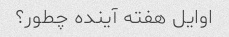
اوایل هفته آینده چطور؟